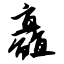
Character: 矗